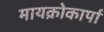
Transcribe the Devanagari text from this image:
मायक्रोकार्पा